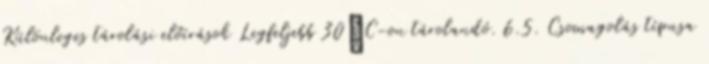
Különleges tárolási előírások Legfeljebb 30°C-on tárolandó. 6.5. Csomagolás típusa